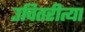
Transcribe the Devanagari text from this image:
उचितरीत्या